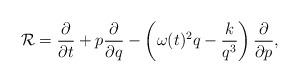
LaTeX: \begin{align*} \mathcal{R}=\frac{\partial}{\partial t}+p\frac{\partial}{\partial q}-\left(\omega(t)^2q-\frac{k}{q^3}\right)\frac{\partial}{\partial p},\end{align*}